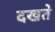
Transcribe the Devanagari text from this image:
दखते